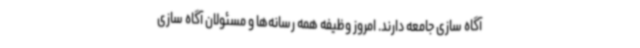
آگاه سازی جامعه دارند. امروز وظیفه همه رسانه‌ها و مسئولان آگاه سازی